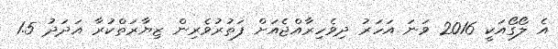
އެ ލޯގޯއަކީ 2016 ވަނަ އަހަރު ދިވެހިރާއްޖެއަށް ފަތުރުވެރިން ޒިޔާރަތްކުރާ އަދަދު 1.5